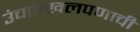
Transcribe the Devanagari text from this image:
उंचसखलपणाची